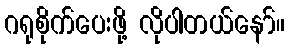
ဂရုစိုက်ပေးဖို့ လိုပါတယ်နော်။